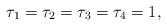
LaTeX: \begin{align*} \tau_1=\tau_2=\tau_3=\tau_4=1,\end{align*}